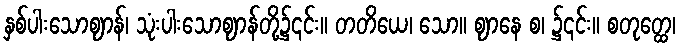
နှစ်ပါးသောဈာန်၊ သုံးပါးသောဈာန်တို့၌၎င်း။ တတိယေ၊ သော။ ဈာနေ စ၊ ၌၎င်း။ စတုတ္ထေ၊